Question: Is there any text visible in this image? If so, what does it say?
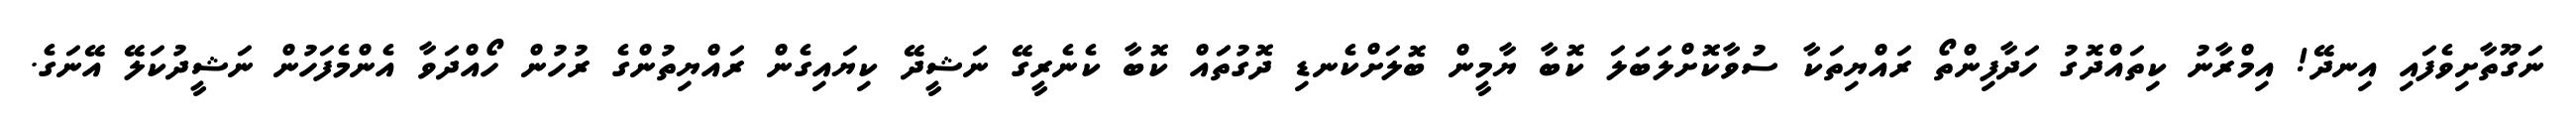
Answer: ނަގޫތާށިވެފައި އިނދޭ! އިމްރާނު ކިތައްދޮގު ހަދާފިންތޯ ރައްޔިތަކާ ސުވާކޮށްލަބަލަ ކޮބާ ޔާމީން ބޮލަށްކެނޑި ދޮގުތަައް ކޮބާ ކެނެރީގޭ ނަޝީދޭ ކިޔައިގެން ރައްޔިތުންގެ ރުހުން ހޯއްދަވާ އެންމެފަހުން ނަޝީދުކަލޭ އޭނަގެ.